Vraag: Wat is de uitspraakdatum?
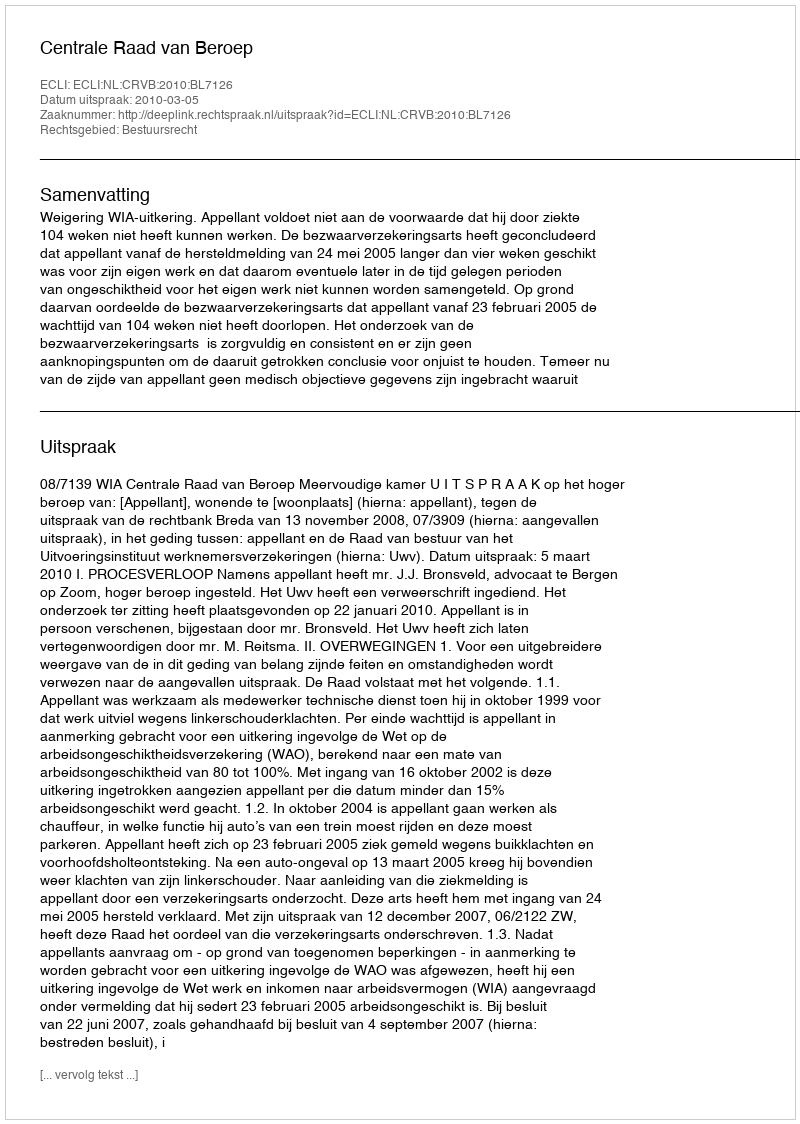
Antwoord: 2010-03-05